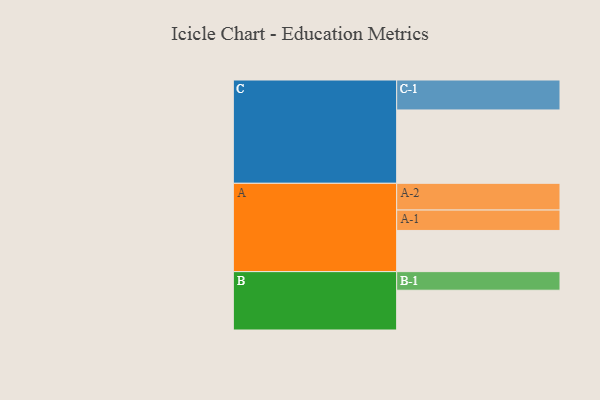
{"axis": {"x": "Segment", "y": "Value"}, "legend": ["", "A", "B", "C"], "data": [{"x": "A", "y": 319, "type": ""}, {"x": "B", "y": 308, "type": ""}, {"x": "C", "y": 568, "type": ""}, {"x": "A-1", "y": 158, "type": "A"}, {"x": "A-2", "y": 207, "type": "A"}, {"x": "B-1", "y": 144, "type": "B"}, {"x": "C-1", "y": 232, "type": "C"}]}